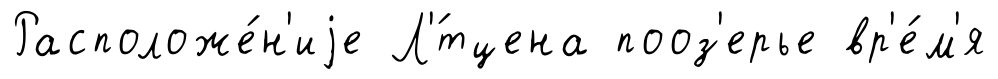
Расположе́н'иjе Л'́тцена пооз'ерье вр'е́м'я